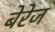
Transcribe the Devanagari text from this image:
बेरेज